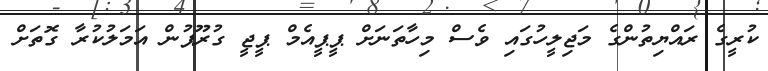
ކުރީގެ ރައްޔިތުންގެ މަޖިލީހުގައި ވެސް މިހާތަނަށް ޕީޕީއެމް ޕީޖީ ގުރޫޕުން އަމަލުކުރާ ގޮތަށް